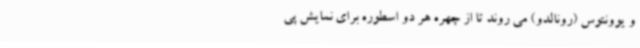
و یوونتوس (رونالدو) می روند تا از چهره هر دو اسطوره برای نمایش پی